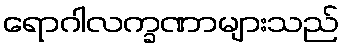
ရောဂါလက္ခဏာများသည်